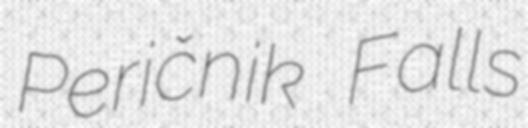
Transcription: Peričnik Falls